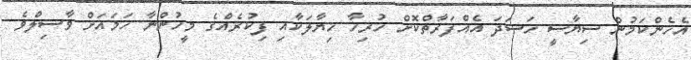
އެހެންކަމުން ސިޔާސީ ހަސަދަ އެއްފަރާތްކޮށް ހުރިހާ ޚިޔާލަކާއި ފިކުރެއްގެ މީހުންނާ ހަމައަށް ވާސިލްވެ